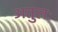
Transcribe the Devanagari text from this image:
अतुलः